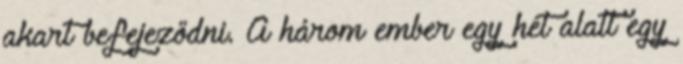
akart befejeződni. A három ember egy hét alatt egy